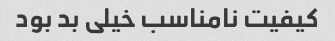
کیفیت نامناسب خیلی بد بود